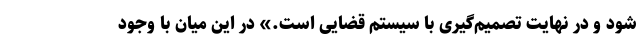
شود و در نهایت تصمیم‌گیری با سیستم قضایی است.» در این میان با وجود